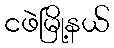
ငဖဲမြို့နယ်